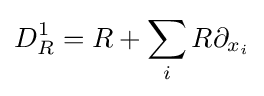
D_{R}^{1}=R+\sum _{i}R\partial _{x_{i}}